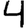
Digit: 4